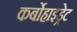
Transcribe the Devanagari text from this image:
कर्बोहाइड्रेट